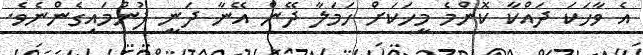
އެ ވާހަކަ ދައްކާ ކޮންމެ މީހަކަށް ހަމަލާ ދޭން އޭނާ ދަނީ ފުންމައިގެންނެވެ.